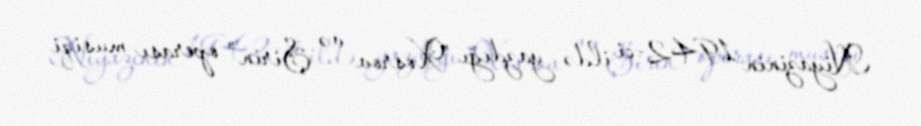
Niyazinin 1942-ci ildə yazdığı "Xosrov və Şirin" operası musiqi